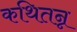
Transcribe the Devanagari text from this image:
कथितन्न